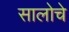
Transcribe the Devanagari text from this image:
सालोचे